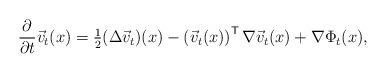
LaTeX: \begin{align*}\frac{\partial}{\partial t} \vec{v}_t(x) = \tfrac12(\Delta \vec{v}_t)(x)- \left(\vec{v}_t(x)\right)^{\sf T}\nabla\vec{v}_t(x)+ \nabla\Phi_t(x),\end{align*}